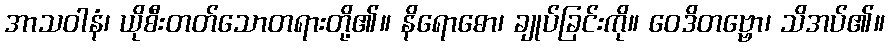
အာသဝါနံ၊ ယိုစီးတတ်သောတရားတို့၏။ နိရောဓော၊ ချုပ်ခြင်းကို။ ဝေဒိတဗ္ဗော၊ သိအပ်၏။